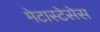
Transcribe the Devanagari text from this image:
मेटास्टेसेस